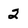
Character: 2